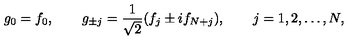
g _ { 0 } = f _ { 0 } , \qquad g _ { \pm j } = \frac { 1 } { \sqrt { 2 } } ( f _ { j } \pm i f _ { N + j } ) , \qquad j = 1 , 2 , \ldots , N ,